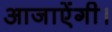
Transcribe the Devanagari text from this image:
आजाऐंगी।